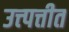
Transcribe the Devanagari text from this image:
उत्त्पत्तीत